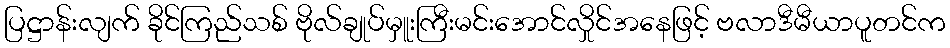
ပြဋ္ဌာန်းလျက် ခိုင်ကြည်သစ် ဗိုလ်ချုပ်မှူးကြီးမင်းအောင်လှိုင်အနေဖြင့် ဗလာဒီမီယာပူတင်က